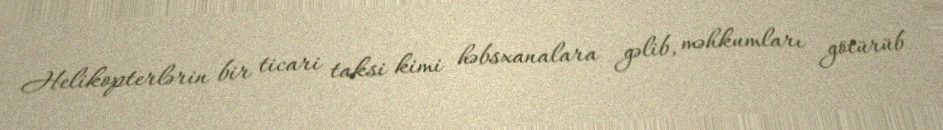
Helikopterlərin bir ticari taksi kimi həbsxanalara gəlib, məhkumları götürüb